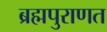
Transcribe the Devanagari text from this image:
ब्रह्मपुराणत